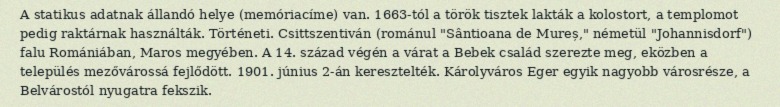
A statikus adatnak állandó helye (memóriacíme) van. 1663-tól a török tisztek lakták a kolostort, a templomot pedig raktárnak használták. Történeti. Csittszentiván (románul "Sântioana de Mureș," németül "Johannisdorf") falu Romániában, Maros megyében. A 14. század végén a várat a Bebek család szerezte meg, eközben a település mezővárossá fejlődött. 1901. június 2-án keresztelték. Károlyváros Eger egyik nagyobb városrésze, a Belvárostól nyugatra fekszik.